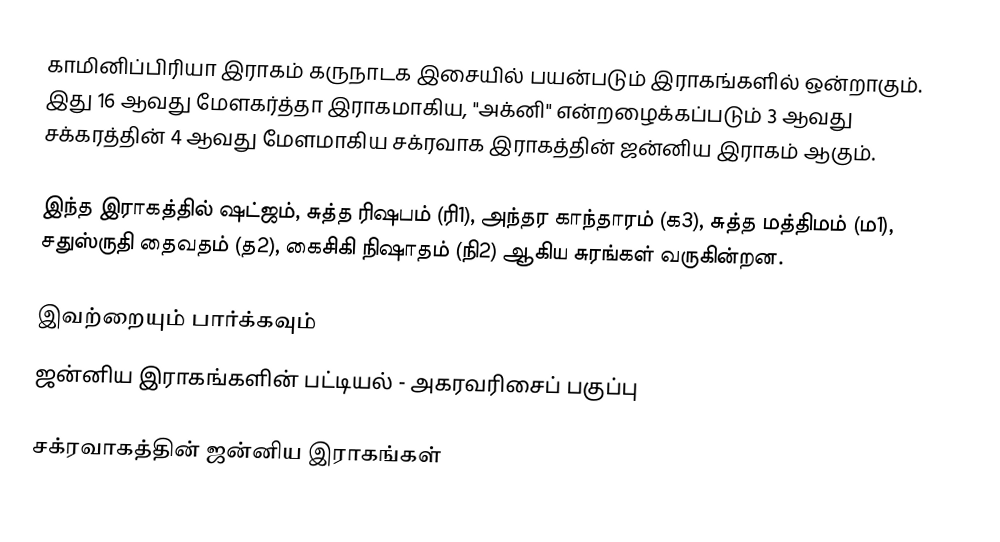
காமினிப்பிரியா இராகம் கருநாடக இசையில் பயன்படும் இராகங்களில் ஒன்றாகும். இது 16 ஆவது மேளகர்த்தா இராகமாகிய, "அக்னி" என்றழைக்கப்படும் 3 ஆவது சக்கரத்தின் 4 ஆவது மேளமாகிய சக்ரவாக இராகத்தின் ஜன்னிய இராகம் ஆகும்.

இந்த இராகத்தில் ஷட்ஜம், சுத்த ரிஷபம் (ரி1),  அந்தர காந்தாரம் (க3), சுத்த மத்திமம் (ம1), சதுஸ்ருதி தைவதம் (த2), கைசிகி நிஷாதம்  (நி2) ஆகிய சுரங்கள் வருகின்றன.

இவற்றையும் பார்க்கவும்
 ஜன்னிய இராகங்களின் பட்டியல் - அகரவரிசைப் பகுப்பு

சக்ரவாகத்தின் ஜன்னிய இராகங்கள்